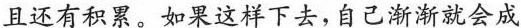
且还有积累。如果这样下去，自己渐渐就会成